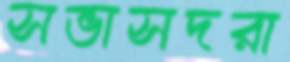
সভাসদরা